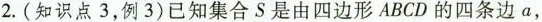
2.(知识点3，例3)已知集合S是由四边形ABCD的四条边a，